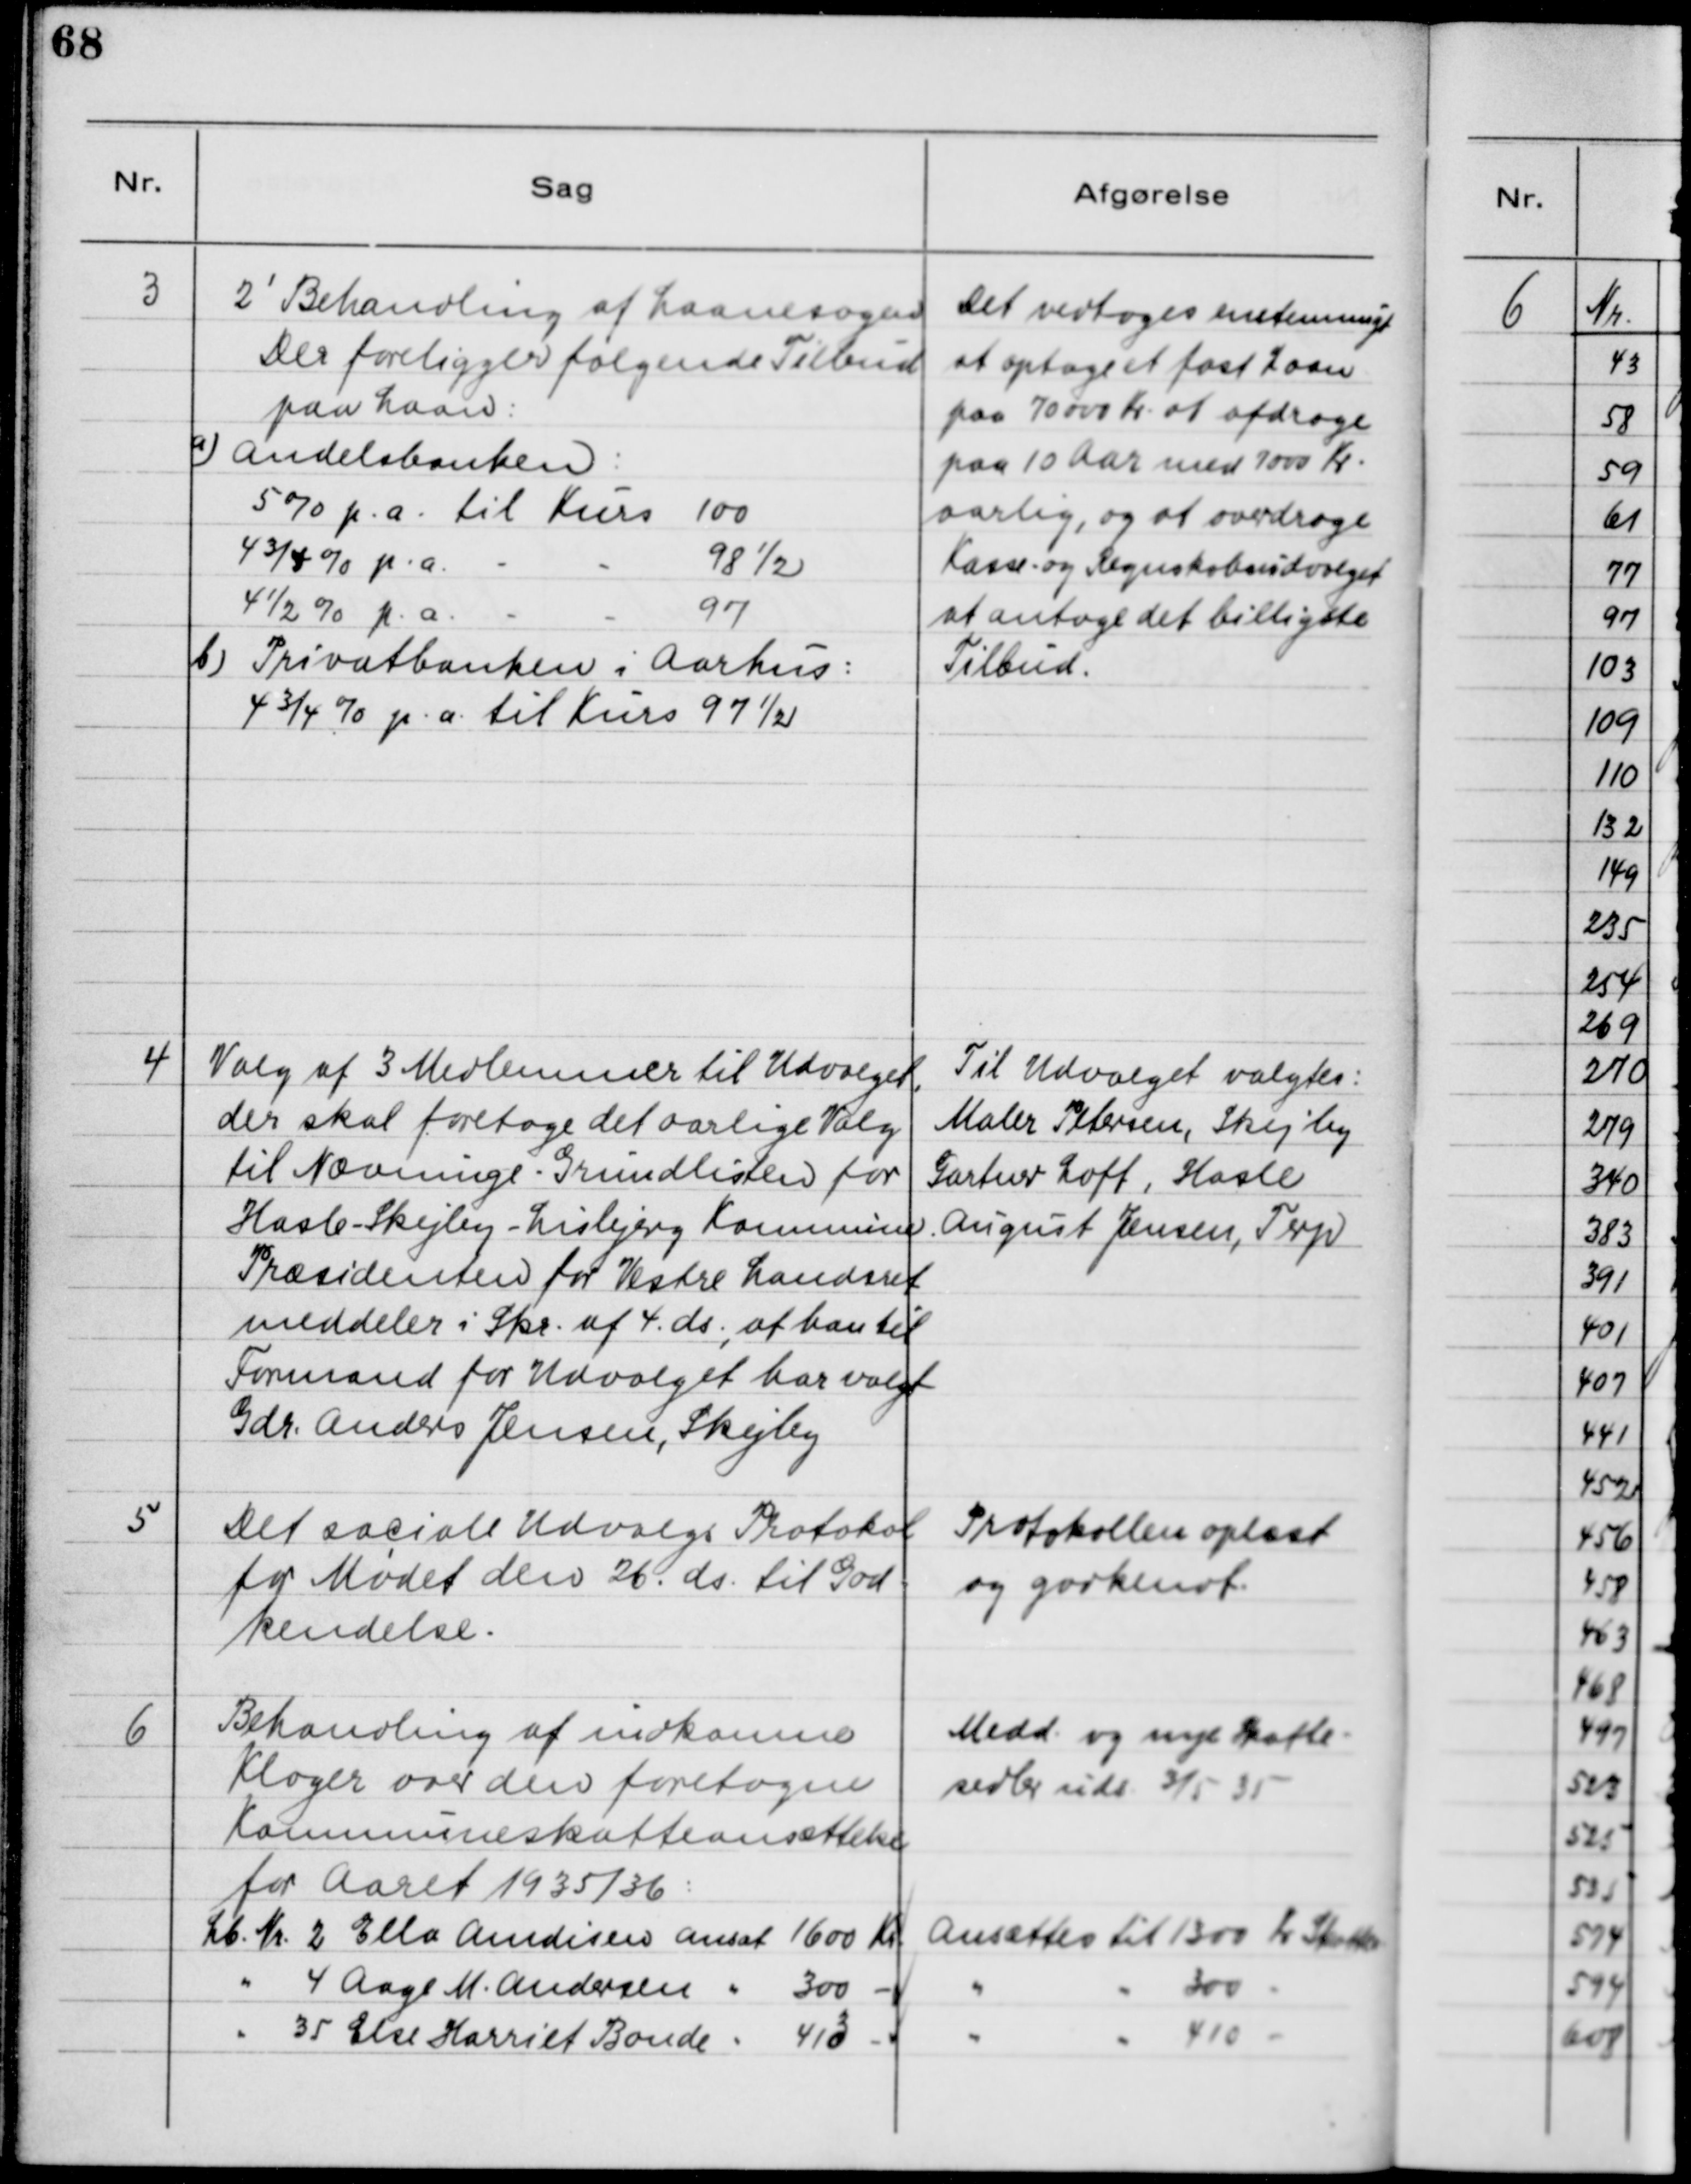
Transskription:
3

2' Behandling af Laanesagen.
Der foreligger følgende Tilbud
paa Laan:
a) Andelsbanken:
5 % p.a. til Kurs 100
4 3/4 % p.a.
-
-
98 ½
4 ½ % p.a.
-
-
97
b) Privatbanken i Aarhus:
4 3/4 % p.a. til Kurs 97 ½

Det vedtoges ensstemmigt
at optage et fast Laan
paa 70000 Kr. at afdrage
paa 10 Aar med 7000 Kr.
aarlig, og at overdrage
Kasse- og Regnskabsudvalget
at antage det billigste
Tilbud.

4

Valg af 3 Medlemmer til Udvalget,
der skal foretage det aarlige Valg
til Nævninge - Grundlisten for
Hasle - Skejby - Lisbjerg Kommune.
Præsidenten for Vestre Landsret
meddeler i Skr. af 4. ds., at han til
Formand for Udvalget har valgt
Gdr. Anders Jensen, Skejby

Til Udvalget valgtes:
Maler Petersen, Skejby
Gartner Loft, Hasle
August Jensen, Terp

5

Det sociale Udvalgs Protokol
for Mødet den 26. ds. til God-
kendelse.

Protokollen oplæst
og godkendt

6

Behandling af indkomne
Klager over den foretagne
Kommuneskatteansættelse
for Aaret 1935/36:

Medd. og nye Skatte-
sedler uds. 3/5 35